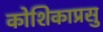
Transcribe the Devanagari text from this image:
कोशिकाप्रसु